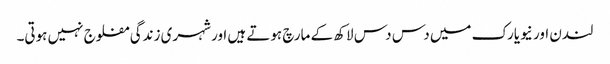
لندن اور نیویارک میں دس دس لاکھ کے مارچ ہوتے ہیں اور شہری زندگی مفلوج نہیں ہوتی۔